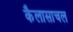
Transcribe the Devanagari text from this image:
कैलासाचल